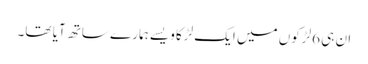
ان ہی 6لڑکوں میں ایک لڑکا ویسے ہمارے ساتھ آیا تھا۔